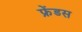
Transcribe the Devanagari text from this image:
फ्रेंडस